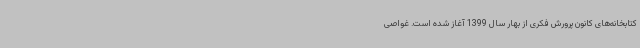
کتابخانه‌های کانون پرورش فکری از بهار سال 1399 آغاز شده است. غواصی